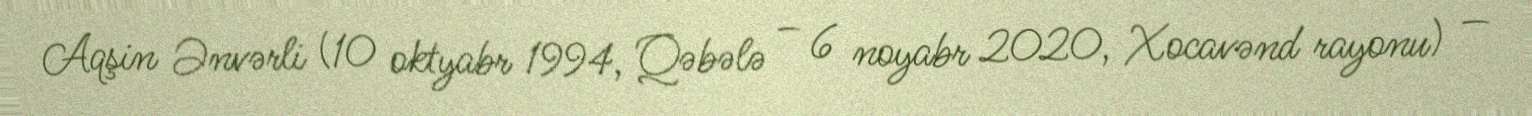
Aqşin Ənvərli (10 oktyabr 1994, Qəbələ – 6 noyabr 2020, Xocavənd rayonu) —